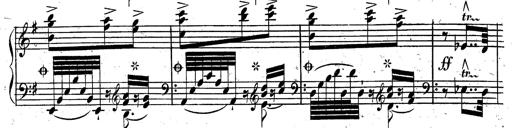
Title: Rondeau fantastique sur un thÃ¨me espagnol
Composer: Franz Liszt